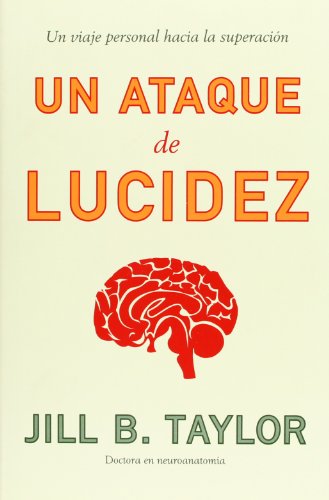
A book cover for Un ataque de lucidez/ My Stroke of Insight: Un viaje personal a la superacion/ A Self Improvement Journey (Spanish Edition); Jill B. Taylor; Health, Fitness & Dieting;